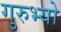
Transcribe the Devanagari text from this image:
गुरुभ्यो